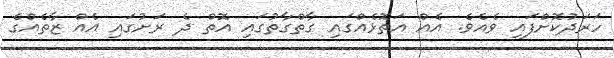
ހަރަދުކޮށްފައި ވެއެވެ. އެއް އަތޮޅެއްގައި ގާތްގާތުގައި އޮތް ދެ ރަށުގައި އެއް ޒާތެއްގެ